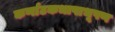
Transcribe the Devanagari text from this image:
कर्णाटकभाषाभूषण